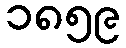
၁၈၅၉